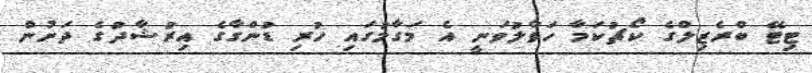
ޓިޓޭ ބްރެޒިލްގެ ކޯޗުކަމާ ހަވާލުވަނީ އެ މަގާމުގައި ހުރި ޑުންގާގެ އިރުޝާދުގެ ދަށުން